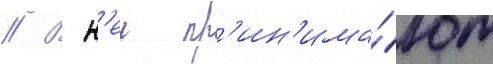
// В н'еи пр'ин'има́ют